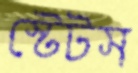
স্টেটস